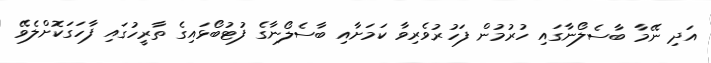
އަދި ނޭމާ ބާސެލޯނާގައި ހުރުމުން ފަހުރުވެރިވާ ކަމަށާއި ބާސެލޯނާގެ ފުޓުބޯޅައިގެ ތާރީހުގައި ފާހަގަކޮށްލެވޭ